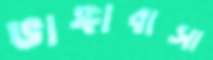
ভাঙ্গাবাসা